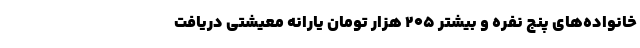
خانواده‌های پنج نفره و بیشتر ۲۰۵ هزار تومان یارانه معیشتی دریافت